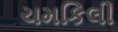
ચમકિલી